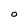
Character: O